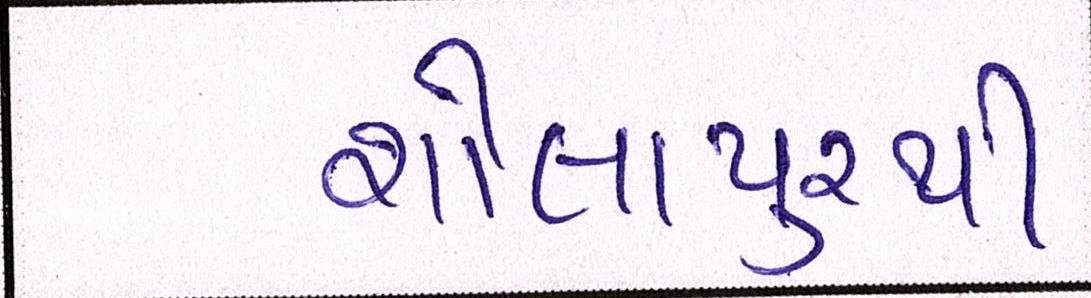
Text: શોલાપુરથી